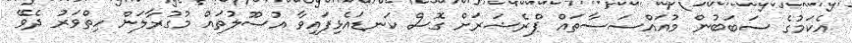
އެކަމުގެ ސަބަބުން މުއައްސަސާތައް ޕްރެޝަރަށް ގޮސް ކަނޑައެޅިފައިވާ އުސޫލުތައް މުގުރާލަން ހިތްވަރު ދެވޭ